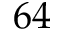
6 4